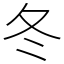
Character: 冬